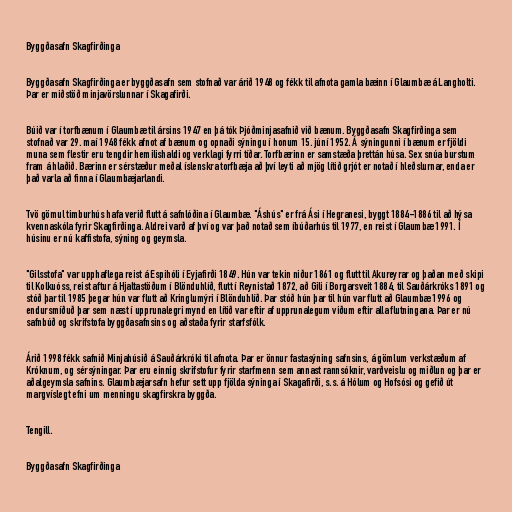
Byggðasafn Skagfirðinga

Byggðasafn Skagfirðinga er byggðasafn sem stofnað var árið 1948 og fékk til afnota gamla bæinn í Glaumbæ á Langholti.
Þar er miðstöð minjavörslunnar í Skagafirði.

Búið var í torfbænum í Glaumbæ til ársins 1947 en þá tók Þjóðminjasafnið við bænum. Byggðasafn Skagfirðinga sem
stofnað var 29. maí 1948 fékk afnot af bænum og opnaði sýningu í honum 15. júní 1952. Á sýningunni í bænum er fjöldi
muna sem flestir eru tengdir hemilishaldi og verklagi fyrri tíðar. Torfbærinn er samstæða þrettán húsa. Sex snúa burstum
fram á hlaðið. Bærinn er sérstæður meðal íslenskra torfbæja að því leyti að mjög lítið grjót er notað í hleðslurnar, enda er
það varla að finna í Glaumbæjarlandi.

Tvö gömul timburhús hafa verið flutt á safnlóðina í Glaumbæ. "Áshús" er frá Ási í Hegranesi, byggt 1884-1886 til að hýsa
kvennaskóla fyrir Skagfirðinga. Aldrei varð af því og var það notað sem íbúðarhús til 1977, en reist í Glaumbæ 1991. Í
húsinu er nú kaffistofa, sýning og geymsla.

"Gilsstofa" var upphaflega reist á Espihóli í Eyjafirði 1849. Hún var tekin niður 1861 og flutt til Akureyrar og þaðan með skipi
til Kolkuóss, reist aftur á Hjaltastöðum í Blönduhlíð, flutt í Reynistað 1872, að Gili í Borgarsveit 1884, til Sauðárkróks 1891 og
stóð þar til 1985 þegar hún var flutt að Kringlumýri í Blönduhlíð. Þar stóð hún þar til hún var flutt að Glaumbæ 1996 og
endursmíðuð þar sem næst í upprunalegri mynd en lítið var eftir af upprunalegum viðum eftir alla flutningana. Þar er nú
safnbúð og skrifstofa byggðasafnsins og aðstaða fyrir starfsfólk.

Árið 1998 fékk safnið Minjahúsið á Sauðárkróki til afnota. Þar er önnur fastasýning safnsins, á gömlum verkstæðum af
Króknum, og sérsýningar. Þar eru einnig skrifstofur fyrir starfmenn sem annast rannsóknir, varðveislu og miðlun og þar er
aðalgeymsla safnins. Glaumbæjarsafn hefur sett upp fjölda sýninga í Skagafirði, s.s. á Hólum og Hofsósi og gefið út
margvíslegt efni um menningu skagfirskra byggða.

Tengill.

Byggðasafn Skagfirðinga